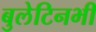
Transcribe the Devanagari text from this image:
बुलेटिनभी